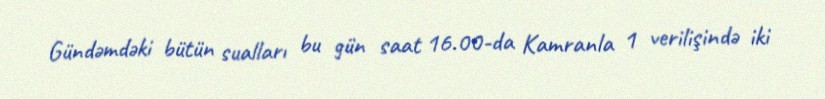
Gündəmdəki bütün sualları bu gün saat 16.00-da Kamranla 1 verilişində iki